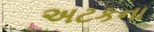
અટકના